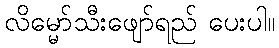
လိမ္မော်သီးဖျော်ရည် ပေးပါ။